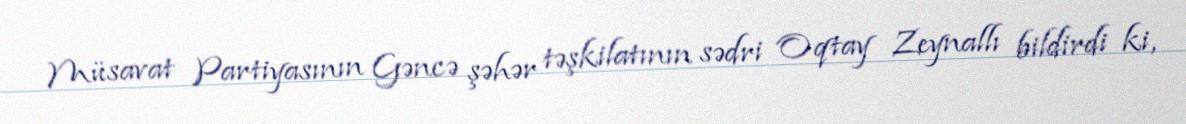
Müsavat Partiyasının Gəncə şəhər təşkilatının sədri Oqtay Zeynallı bildirdi ki,